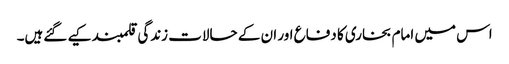
اس میں امام بخاری کا دفاع اور ان کے حالات زندگی قلمبند کیے گئےہیں۔